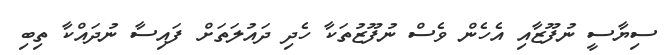
ސިޔާސީ ނުފޫޒާއި އެހެން ވެސް ނުފޫޒުތަކާ ހެދި ދައުލަތަށް ފައިސާ ނުދައްކާ ތިބި